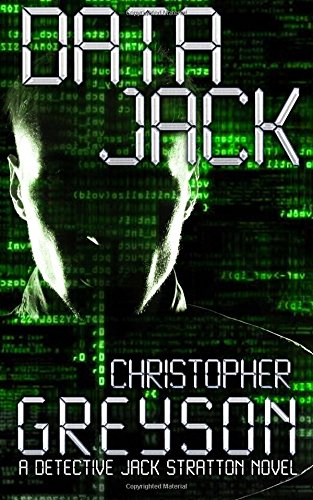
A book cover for Data Jack; Christopher Greyson; Mystery, Thriller & Suspense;